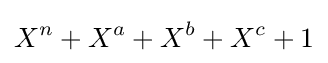
X^{n}+X^{a}+X^{b}+X^{c}+1